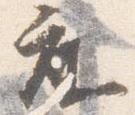
座